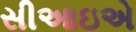
સીઆઇએ